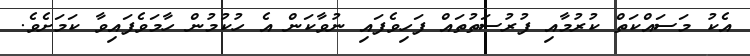
އެކު މަސައްކަތް ކުރުމާއި ފުރުސަތުތައް ފަހިވެފައި ނުވާކަން އެ ހުކުމުން ހާމަވެފައިވާ ކަމަށެވެ.